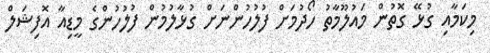
މިކަމާއި ގުޅޭ ގޮތުން މައުލޫމާތު ހޯދުމަށް ފުލުހުންނަށް ގުޅާލުމުން ފުލުހުންގެ މީޑިއާ އޮފިޝަލް